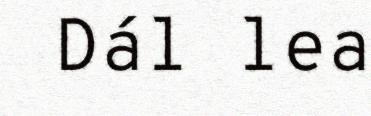
Dál lea